Report on vaccination in Madras 1895-1903 - 1895-1903
Year: 1895
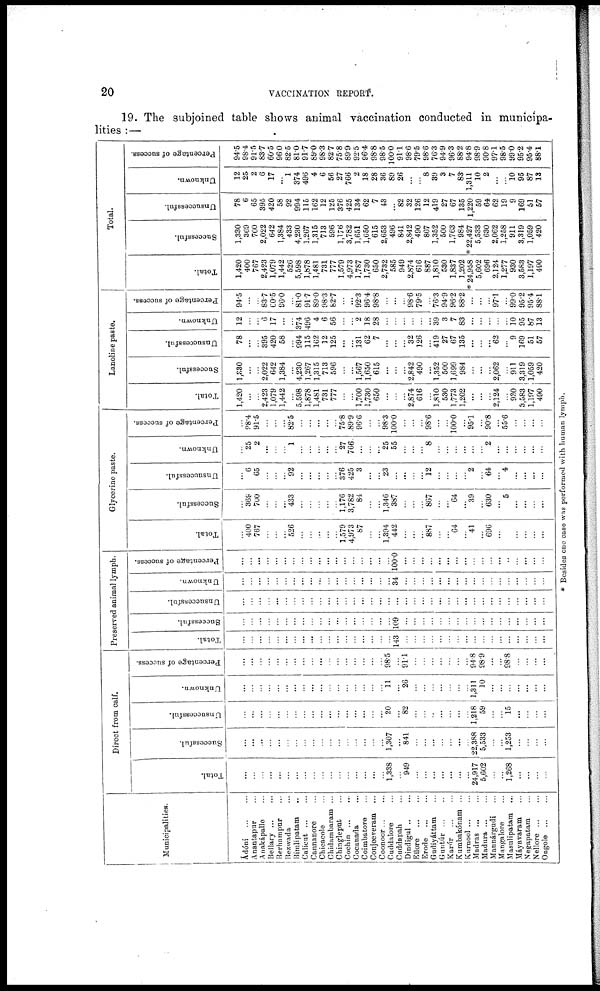
20
VACCINATION REPORT.
19. The subjoined table shows animal vaccination conducted in municipa-
lities :—
Municipalities.
Ádóni ... ...
Anantapur ...
Anakápallo ...
Bellary...
...
Berhampur ...
Bezwada ...
Bimlipatam ...
Calicut ... ...
Cannanore ...
Chicacole ...
Chidambaram ...
Chingleput ...
Cochin ... ...
Cocanada ...
Coimbatore ...
Conjeeveram ...
Coonoor... ...
Cuddalore ...
Cuddapah ...
Dindigul ... ...
Ellore
...
...
Erode
...
...
Gudiyáttam ...
Guntúr ... ...
Karúr
...
...
Kumbakónam ...
Kurnool ... ...
Madras ... ...
Madura ... ...
Mannárgudi ...
Mangalore ...
Masulipatam ...
Máyavaram ...
Negapatam ...
Nellore ... ...
Ongole ... ...
Direct from calf.
Total.
...
...
...
...
...
...
...
...
...
...
...
...
...
...
...
...
...
1,338
...
949
...
...
...
...
...
...
...
24,917
5,602
...
...
1,268
...
...
...
...
Successful.
...
...
...
...
...
...
...
...
...
...
...
...
...
...
...
...
...
1,307
...
841
...
...
...
...
...
...
...
22,388
5,533
...
...
1,253
...
...
...
...
Unsuccessful.
...
...
...
...
...
...
...
...
...
...
...
...
...
...
...
...
...
20
...
82
...
...
...
...
...
...
...
1,218
59
...
...
15
...
...
...
...
Unknown.
...
...
...
...
...
...
...
...
...
...
...
...
...
...
...
...
...
11
...
26
...
...
...
...
...
...
...
1,311
10
...
...
...
...
...
...
...
Percentage of success.
...
...
...
...
...
...
...
...
...
...
...
...
...
...
...
...
...
98.5
...
91.1
...
...
...
...
...
...
...
94.8
98.9
...
...
98.8
...
...
...
...
Preserved animal lymph.
Total.
...
...
...
...
...
...
...
...
...
...
...
...
...
...
...
...
...
...
143
...
...
...
...
...
...
...
...
...
...
...
...
...
...
...
...
...
Successful.
...
...
...
...
...
...
...
...
...
...
...
...
...
...
...
...
...
...
109
...
...
...
...
...
...
...
...
...
...
...
...
...
...
...
...
...
Unsuccessful.
...
...
...
...
...
...
...
...
...
...
...
...
...
...
...
...
...
...
...
...
...
...
...
...
...
...
...
...
...
...
...
...
...
...
...
...
Unknown.
...
...
...
...
...
...
...
...
...
...
...
...
...
...
...
...
...
...
34
...
...
...
...
...
...
...
...
...
...
...
...
...
...
...
...
...
Percentage of success.
...
...
...
...
...
...
...
...
...
...
...
...
...
...
...
...
...
...
100.0
...
...
...
...
...
...
...
...
...
...
...
...
...
...
...
...
...
Glycerine paste.
Total.
...
400
767
...
...
...
526
...
...
...
...
...
1,579
4,973
87
...
...
1,394
442
...
...
...
887
...
...
64
...
41
...
696
...
...
...
...
...
...
Successful.
...
369
700
...
...
...
433
...
...
...
...
...
1,176
3,782
84
...
...
1,346
387
...
...
...
867
...
...
64
...
39
...
630
...
5
...
...
...
...
Unsuccessful.
...
6
65
...
...
...
92
...
...
...
...
...
376
425
3
...
...
23
...
...
...
...
12
...
...
...
...
2
...
64
...
4
...
...
...
...
Unknown.
...
25
2
...
...
...
1
...
...
...
...
...
27
766
...
...
...
25
55
...
...
...
8
...
...
...
...
...
...
2
...
...
...
...
...
...
Percentage of success.
...
98.4
91.5
...
...
...
82.5
...
...
...
...
...
75.8
89.9
96.6
...
...
98.3
100.0
...
...
...
98.6
...
...
100.0
...
95.1
...
90.8
...
55.6
...
...
...
...
Lanoline paste.
Total.
1,420
...
...
2,423
1,079
1,442
...
5,598
1,878
1,481
731
777
...
...
1,700
1,730
650
...
...
...
2,874
616
...
1,810
530
1,773
1,202
...
...
...
2,124
...
930
3,583
1,197
490
Successful.
1,330
...
...
2,022
642
1,384
...
4,230
1,267
1,315
713
596
...
...
1,567
1,650
615
...
...
...
2,842
490
...
1,352
500
1,699
984
...
...
...
2,062
...
911
3,319
1,059
420
Unsuccessful.
78
...
...
395
420
58
...
994
115
162
12
125
...
...
131
62
7
...
...
...
32
126
...
419
27
67
135
...
...
...
62
...
9
169
51
57
Unknown.
12
...
...
6
17
...
...
374
496
4
6
56
...
...
2
18
28
...
...
...
...
...
...
39
3
7
83
...
...
...
...
...
10
95
87
13
Percentage of success.
94.5
...
...
83.7
60.5
96.0
...
81.0
91.7
89.0
98.3
82.7
...
...
92.3
96.4
98.8
...
...
...
98.6
79.5
...
76.3
94.9
96.2
88.2
...
...
...
97.1
...
99.0
95.2
95.4
88.1
Total.
Total.
1,420
400
767
2,423
1,079
1,442
526
5,598
1,878
1,481
731
777
1,579
4,973
1,787
1,730
650
2,732
585
949
2,874
616
887
1,810
530
1,837
1,202
* 24,958
5,602
696
2,124
1,277
930
3,583
1,197
490
Successful.
1,330
369
700
2,022
642
1,384
433
4,230
1,267
1,315
713
596
1,176
3,782
1,651
1,650
615
2,653
496
841
2,842
490
867
1,352
500
1,763
984
* 22,427
5,533
630
2,062
1,258
911
3,319
1,059
420
Unsuccessful.
78
6
65
395
420
58
92
994
115
162
12
125
376
425
134
62
7
43
...
82
32
126
12
419
27
67
135
1,220
59
64
62
19
9
169
51
57
Unknown.
12
25
2
6
17
...
1
374
496
4
6
56
27
766
2
18
28
36
89
26
...
...
8
39
3
7
83
1,311
10
2
...
...
10
95
87
13
Percentage of success.
94.5
98.4
91.5
83.7
60.5
96.0
82.5
81.0
91.7
89.0
98.3
82.7
75.8
89.9
92.5
96.4
98.8
98.5
100.0
91.1
98.6
79.5
98.6
76.3
94.9
96.3
88.2
94.8
98.9
90.8
97.1
98.5
99.0
95.2
95.4
88.1
* Besides one case was performed with human lymph.